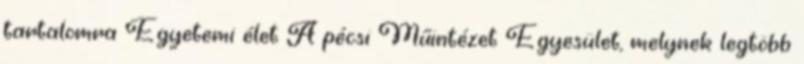
tartalomra Egyetemi élet A pécsi Műintézet Egyesület, melynek legtöbb